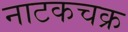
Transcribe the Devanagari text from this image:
नाटकचक्र